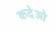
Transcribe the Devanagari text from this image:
कदेओ